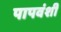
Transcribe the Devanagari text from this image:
पापवंशी